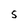
Character: S